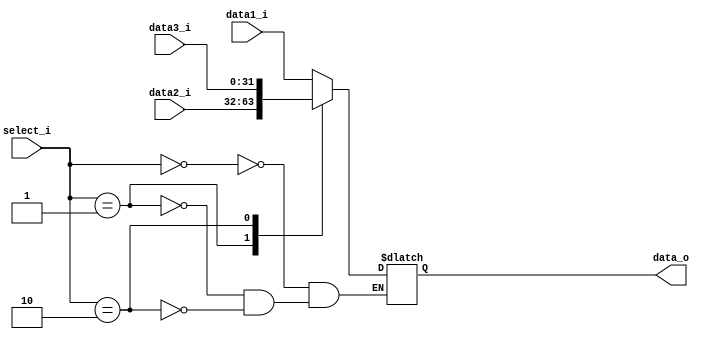
module MUX32_3
(
	data1_i,
	data2_i,
	data3_i,
	select_i,
	data_o
);

input  [31:0]	data1_i;
input  [31:0]	data2_i;
input  [31:0]	data3_i;
input  [1:0]	select_i;
output [31:0]	data_o;
reg [31:0]	tmp;

always @(*) begin
	case(select_i)
		2'b00:	tmp = data1_i;
		2'b01:	tmp = data2_i;
		2'b10:	tmp = data3_i;
	endcase
end
assign data_o = tmp;
endmodule